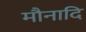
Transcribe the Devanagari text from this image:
मौनादि